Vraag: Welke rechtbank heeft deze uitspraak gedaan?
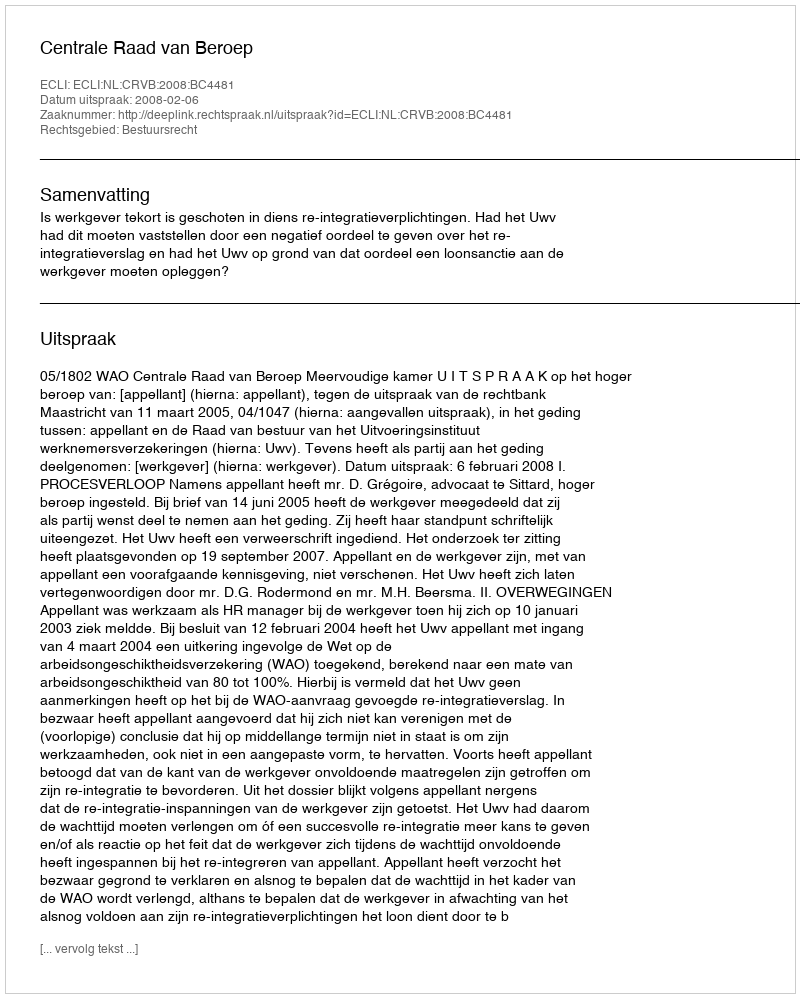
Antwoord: Centrale Raad van Beroep